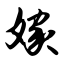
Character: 嫁